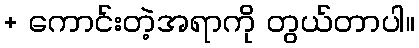
+ ကောင်းတဲ့အရာကို တွယ်တာပါ။